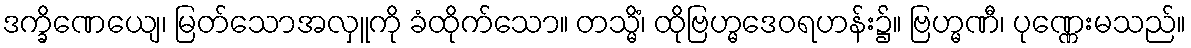
ဒက္ခိဏေယျေ၊ မြတ်သောအလှူကို ခံထိုက်သော။ တသ္မိံ၊ ထိုဗြဟ္မဒေဝရဟန်း၌။ ဗြဟ္မဏီ၊ ပုဏ္ဏေးမသည်။